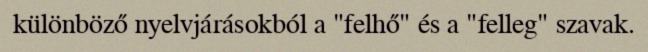
különböző nyelvjárásokból a "felhő" és a "felleg" szavak.